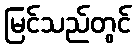
မြင်သည်တွင်